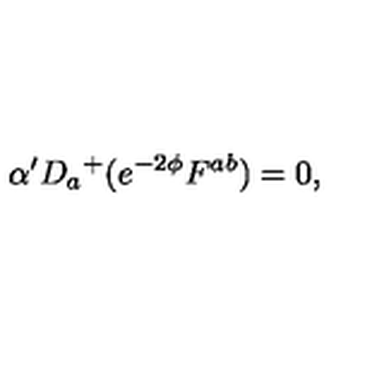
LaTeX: \alpha ^ { \prime } D _ { a } { } ^ { + } ( e ^ { - 2 \phi } F ^ { a b } ) = 0 ,